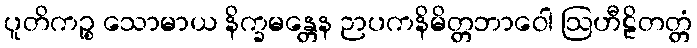
ပူတိကဉ္စ သောမာယ နိက္ခမန္တေန ဉာပကနိမိတ္တဘာဝေါ ဩဟီဠိတတ္တံ